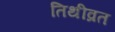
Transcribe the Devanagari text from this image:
तिथीव्रत